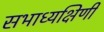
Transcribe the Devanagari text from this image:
सभाध्यक्षिणी